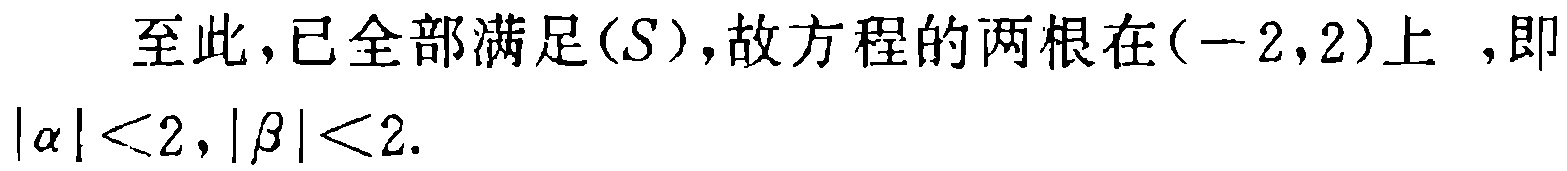
至此,已全部满足\((S)\),故方程的两根在\((-2,2)\)上 ,即\(|\alpha|<2,|\beta|<2\).